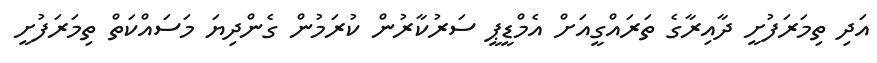
އަދި ތިމަރަފުށީ ދާއިރާގެ ތަރައްގީއަށް އެމްޑީޕީ ސަރުކާރުން ކުރަމުން ގެންދިޔަ މަސައްކަތް ތިމަރަފުށީ